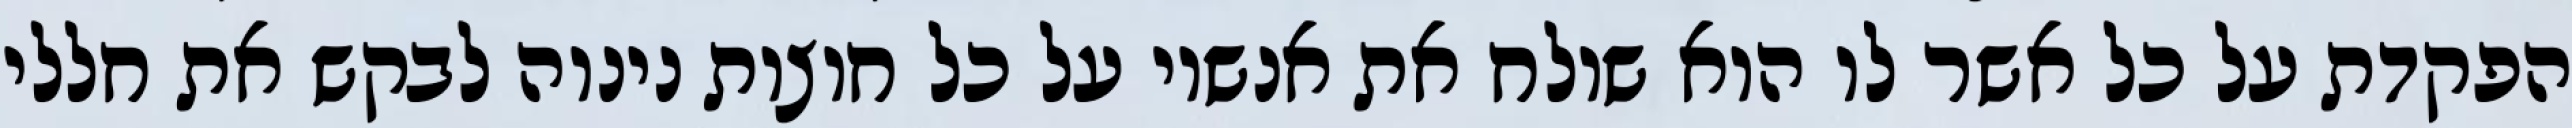
הפקדת על כל אשר לו הוא שולח את אנשיו על כל חוצות נינוה לבקש את חללי